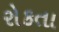
રોકતા